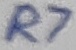
Text: R7